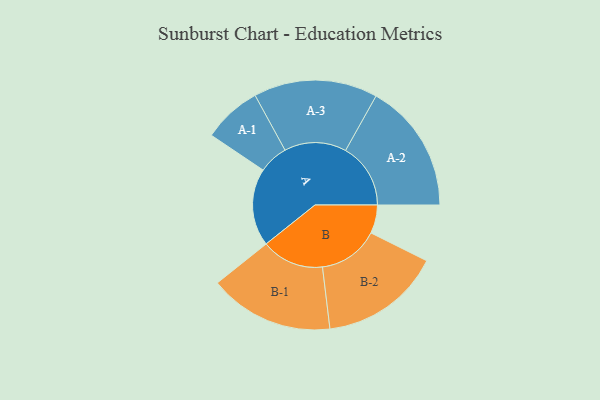
{"axis": {"x": "Segment", "y": "Value"}, "legend": ["", "A", "B"], "data": [{"x": "A", "y": 328, "type": ""}, {"x": "B", "y": 120, "type": ""}, {"x": "A-1", "y": 124, "type": "A"}, {"x": "A-2", "y": 275, "type": "A"}, {"x": "A-3", "y": 262, "type": "A"}, {"x": "B-1", "y": 264, "type": "B"}, {"x": "B-2", "y": 256, "type": "B"}]}